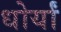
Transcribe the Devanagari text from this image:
धोर्यां